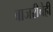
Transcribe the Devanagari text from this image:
बाजरीचेही